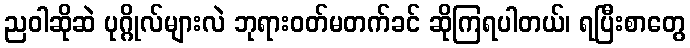
ညဝါဆိုဆဲ ပုဂ္ဂိုလ်များလဲ ဘုရားဝတ်မတက်ခင် ဆိုကြရပါတယ်၊ ရပြီးစာတွေ